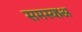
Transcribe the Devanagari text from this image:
समस्याअें